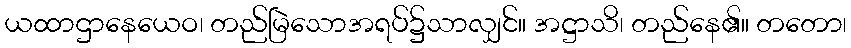
ယထာဌာနေယေဝ၊ တည်မြဲသောအရပ်၌သာလျှင်။ အဋ္ဌာသိ၊ တည်နေ၏။ တတော၊